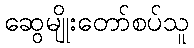
ဆွေမျိုးတော်စပ်သူ